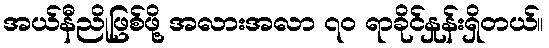
အယ်နီညိုဖြစ်ဖို့ အလားအလာ ၇ဝ ရာခိုင်နှုန်းရှိတယ်။